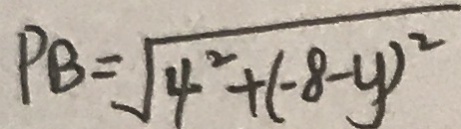
P B = \sqrt { 4 ^ { 2 } + ( - 8 - y ) ^ { 2 } }